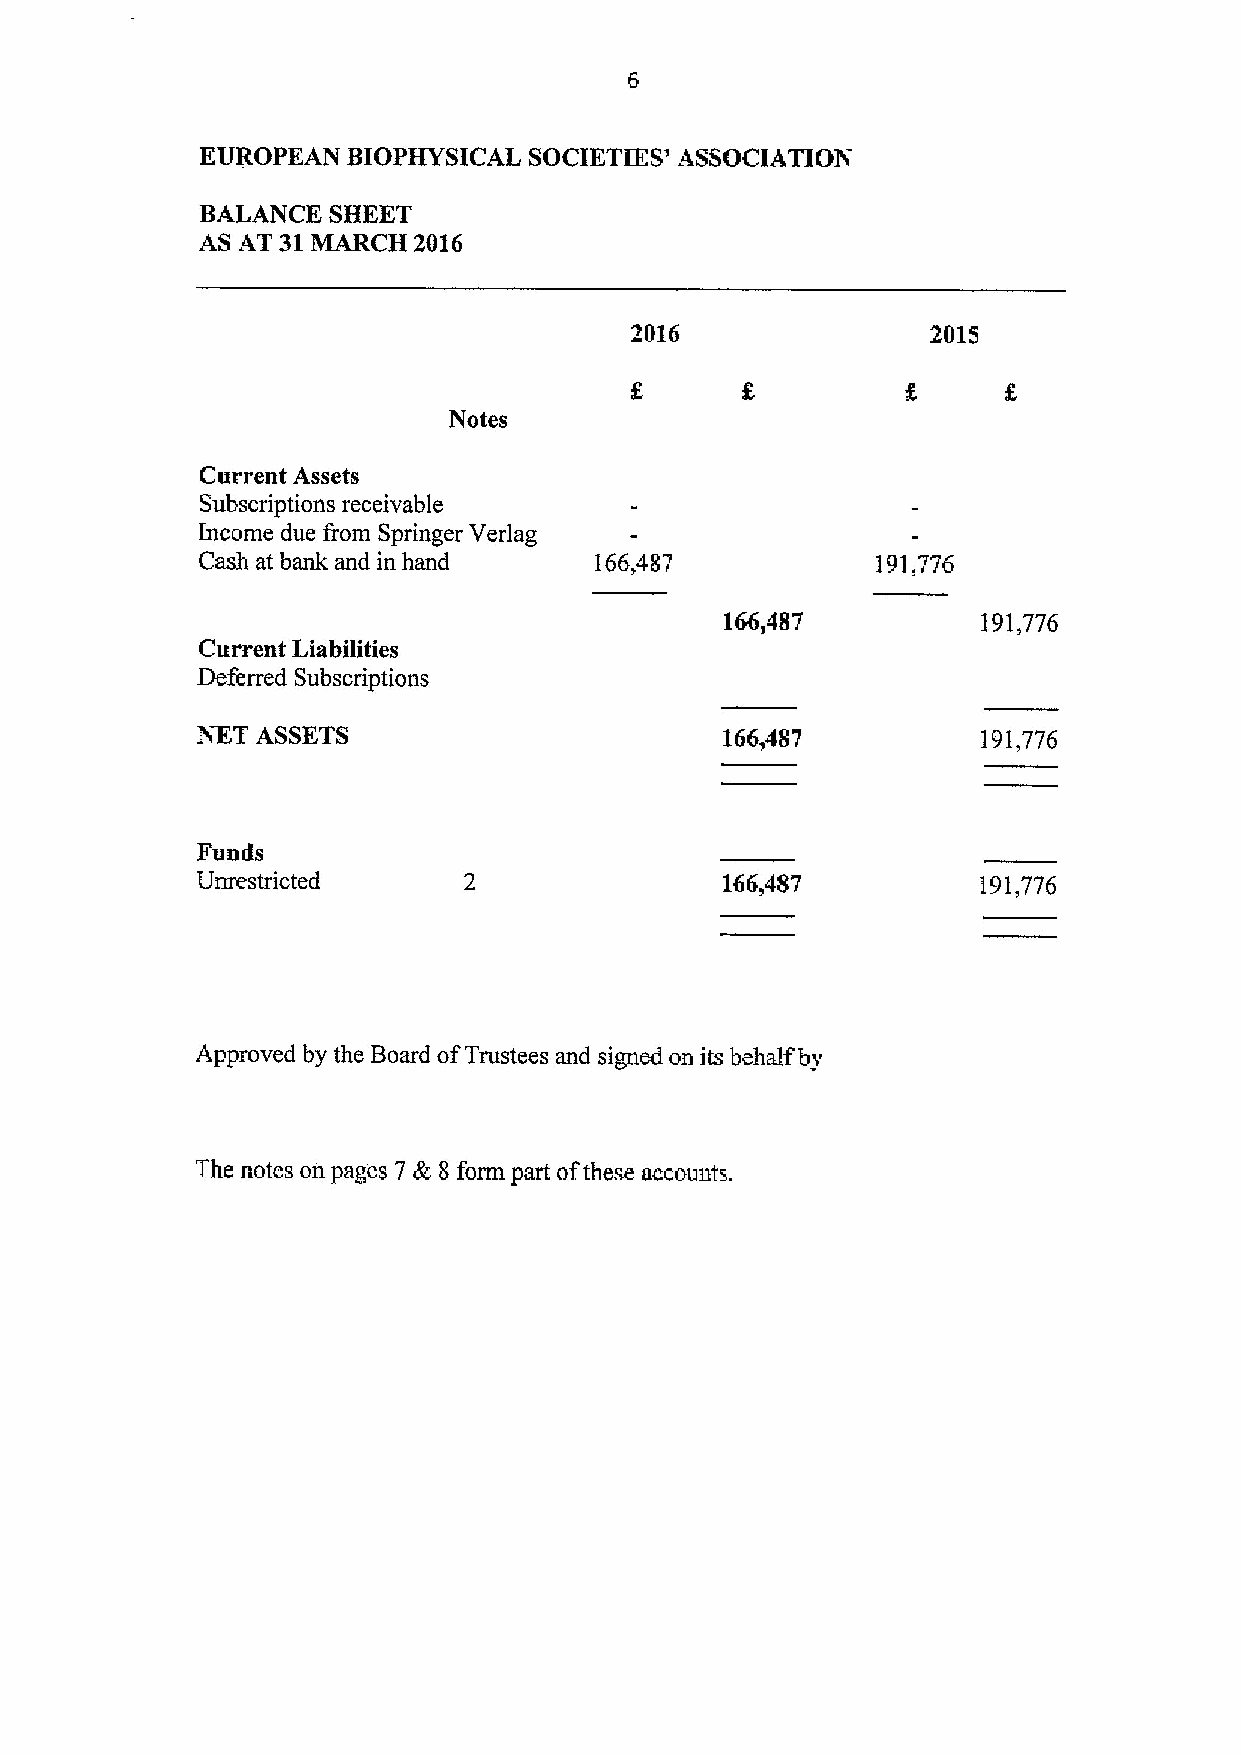
EUROPEAN  BIOPHYSICAL SOCIETIES' ASSOCIATION
 BALANCE  SHEET
 AS AT 31MARCH 2016
 2016                2015
 Notes
 Current Assets
 Subscriptions receivable
 Income due from Springer Verlag
 Cash at bank and in hand  166,487            191,776
 166)487          191,776
 Current Liabilities
 Oeferred Subscriptions
 NET ASSETS                         166,487          ]91,776
 Funds
 Unrestricted                       166,487          191,776
 Approved by the Board ofTrustees and signed on its behalf by
 The notes on pages 7 )lc 8 form part ofthese accounts.